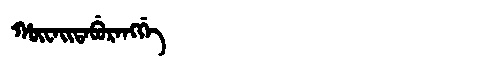
Manchu: ᡥᡡᠸᠠᡳᡨᠠᠪᡠᡵᠠᠩᡤᡝ
Romanization: HŪWAITABURANGGE